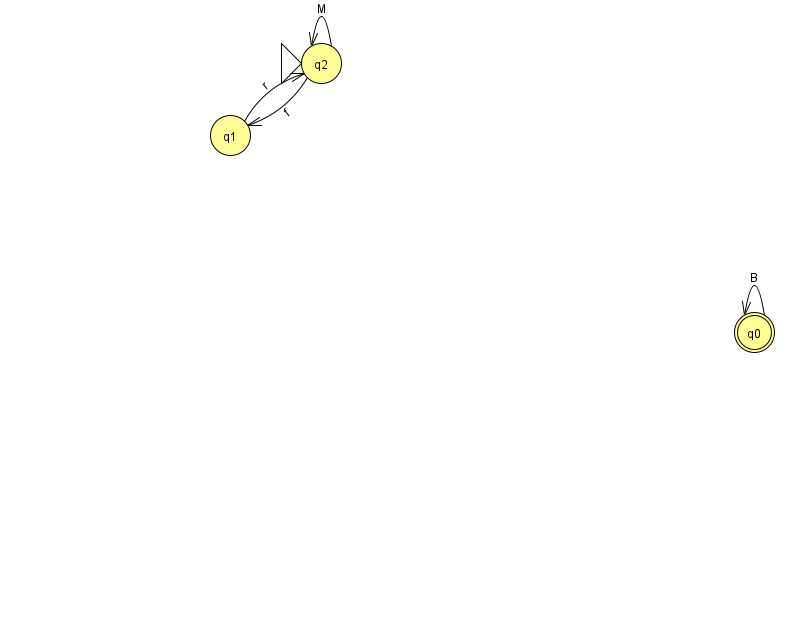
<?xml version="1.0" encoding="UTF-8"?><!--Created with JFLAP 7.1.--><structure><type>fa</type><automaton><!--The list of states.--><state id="0" name="q0"><x>754.0</x><y>319.0</y><final/></state><state id="1" name="q1"><x>230.0</x><y>122.0</y></state><state id="2" name="q2"><x>321.0</x><y>50.0</y><initial/></state><!--The list of transitions.--><transition><from>0</from><to>0</to><read>B</read></transition><transition><from>1</from><to>2</to><read>r</read></transition><transition><from>2</from><to>1</to><read>f</read></transition><transition><from>2</from><to>2</to><read>M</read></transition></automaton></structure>